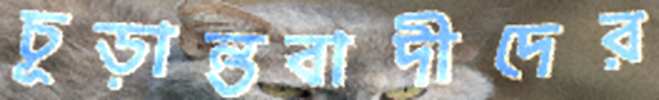
চূড়ান্তবাদীদের